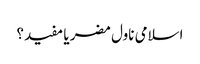
اسلامی ناول مضر یا مفید؟